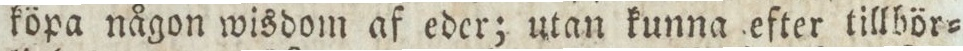
köpa någon wisdom af eder; utan kunna efter tillbör=